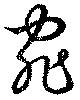
宛